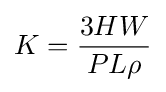
K={\frac {3HW}{PL\rho }}